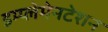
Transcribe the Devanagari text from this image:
इम्प्लेमेनटेशन